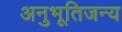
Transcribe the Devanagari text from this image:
अनुभूतिजन्य